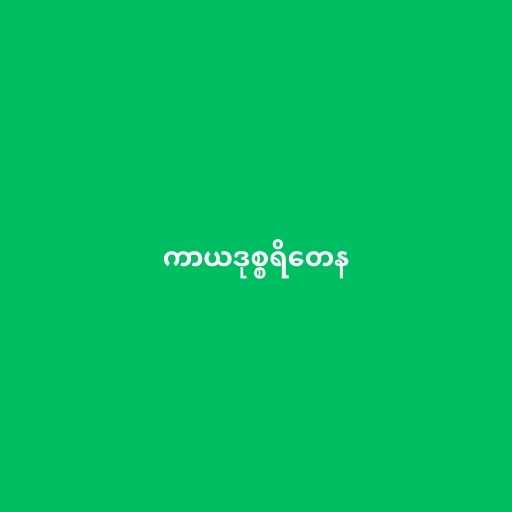
ကာယဒုစ္စရိတေန